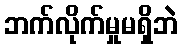
ဘက်လိုက်မှုမရှိဘဲ